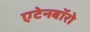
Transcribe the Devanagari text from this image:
एटेनबॉरो